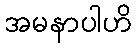
အမနာပါဟိ